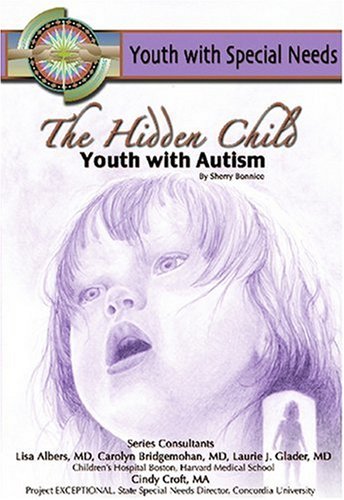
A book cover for The Hidden Child: Youth With Autism (Youth With Special Needs); Sherry Bonnice; Teen & Young Adult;